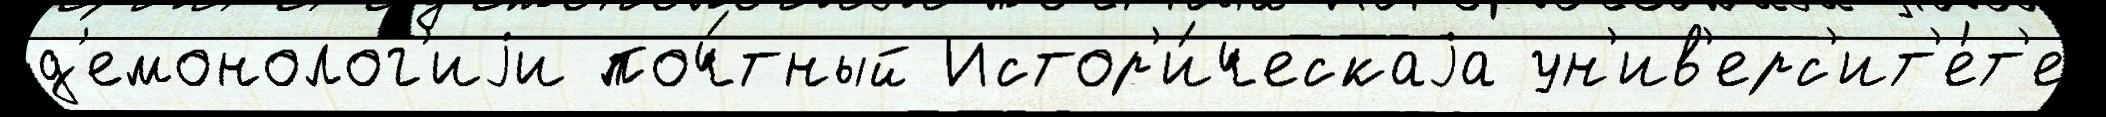
д'емонолог'иjи поч́тный Истор'и́ческаjа ун'ив'ерс'ит'е́т'е